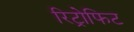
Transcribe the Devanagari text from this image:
रिट्रोफिट